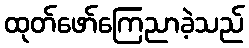
ထုတ်ဖော်ကြေညာခဲ့သည်